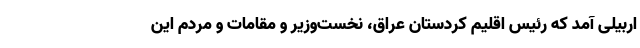
اربیلی آمد که رئیس اقلیم کردستان عراق، نخست‌وزیر و مقامات و مردم این